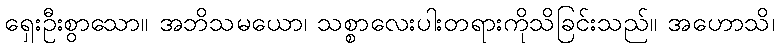
ရှေးဦးစွာသော။ အဘိသမယော၊ သစ္စာလေးပါးတရားကိုသိခြင်းသည်။ အဟောသိ၊